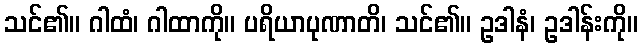
သင်၏။ ဂါထံ၊ ဂါထာကို။ ပရိယာပုဏာတိ၊ သင်၏။ ဥဒါနံ၊ ဥဒါန်းကို။